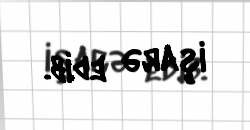
işarə edib.